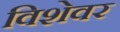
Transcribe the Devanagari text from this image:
विशेवर